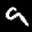
Label: 9